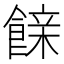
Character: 𮩇